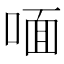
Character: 喕